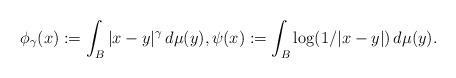
LaTeX: \begin{align*} \phi_\gamma(x) :=\int_B |x-y|^\gamma\,d\mu(y), \psi(x) := \int_B \log(1/|x-y|)\,d\mu(y). \end{align*}